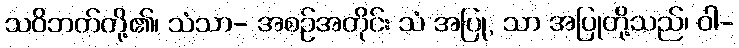
သဝိဘတ်တို့၏၊ သံသာ- အစဉ်အတိုင်း သံ အပြု, သာ အပြုတို့သည်၊ ဝါ-